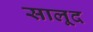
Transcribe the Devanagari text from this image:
सालूद